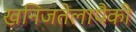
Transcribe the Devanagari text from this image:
खनिजतेलापैकी